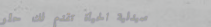
صيدلية الحياة تقدم لك حلو